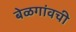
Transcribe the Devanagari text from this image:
बेळगांवची